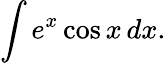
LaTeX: \int e^{x}\cos x\, dx.